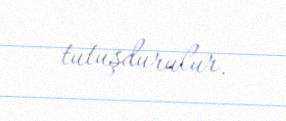
tutuşdurulur.